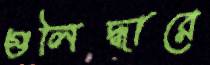
গুলিদ্ধারে